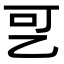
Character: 㐓